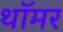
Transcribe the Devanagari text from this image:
थॉमर